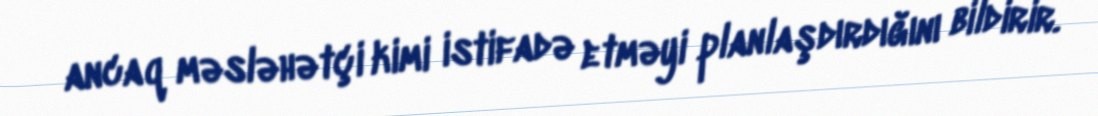
ancaq məsləhətçi kimi istifadə etməyi planlaşdırdığını bildirir.